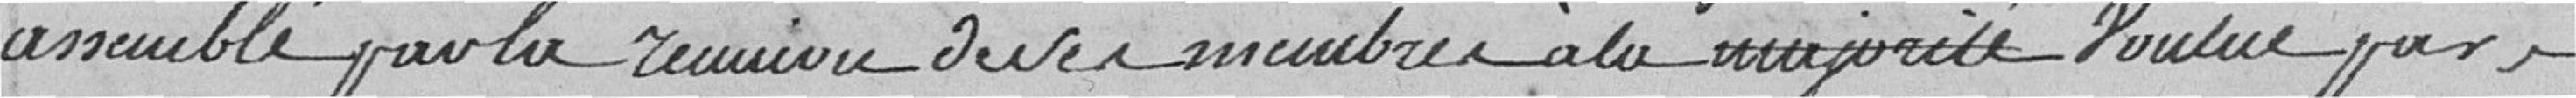
assemblé par la réunion de ses membres à la majorité Voulue par ,